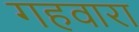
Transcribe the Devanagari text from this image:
गहवारा